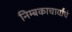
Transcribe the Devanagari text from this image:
निम्बकाचार्यांचे